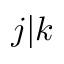
j \vert k